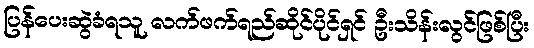
ပြန်ပေးဆွဲခံရသူ လက်ဖက်ရည်ဆိုင်ပိုင်ရှင် ဦးသိန်းလွင်ဖြစ်ပြီး